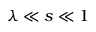
\lambda \ll s \ll 1